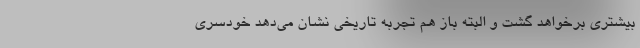
بیشتری برخواهد گشت و البته باز هم تجربه تاریخی نشان می‌دهد خودسری